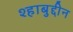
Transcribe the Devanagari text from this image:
श्हाबुद्दीन